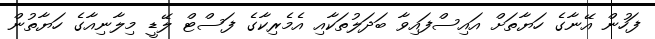
ފަހުން އޭނާގެ ހަޔާތަށް އައިސްފައިވާ ބަދަލުތަކާއި އެމެރިކާގެ ފަސްޓް ލޭޑީ މިލާނިއާގެ ހަޔާތުން